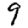
Digit: 9